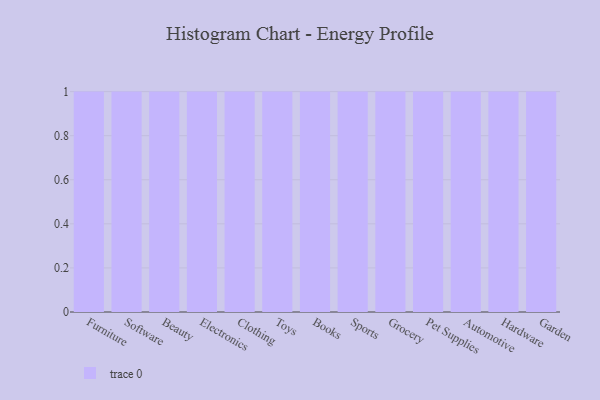
{"axis": {"x": "Category", "y": "Latency (ms)"}, "legend": [""], "data": [{"x": "Furniture", "y": 54, "type": ""}, {"x": "Software", "y": 45, "type": ""}, {"x": "Beauty", "y": 82, "type": ""}, {"x": "Electronics", "y": 1, "type": ""}, {"x": "Clothing", "y": 33, "type": ""}, {"x": "Toys", "y": 5, "type": ""}, {"x": "Books", "y": 13, "type": ""}, {"x": "Sports", "y": 4, "type": ""}, {"x": "Grocery", "y": 82, "type": ""}, {"x": "Pet Supplies", "y": 11, "type": ""}, {"x": "Automotive", "y": 68, "type": ""}, {"x": "Hardware", "y": 20, "type": ""}, {"x": "Garden", "y": 7, "type": ""}]}